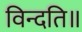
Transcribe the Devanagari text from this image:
विन्दति॥